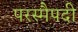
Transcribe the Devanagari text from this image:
परस्मैपदी